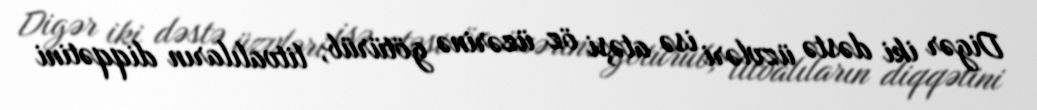
Digər iki dəstə üzvləri isə atəşi öz üzərinə götürüb, litvalıların diqqətini